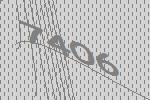
7406